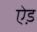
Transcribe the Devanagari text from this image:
ऐ़ड